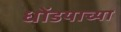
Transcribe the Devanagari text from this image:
धोंडयाच्या